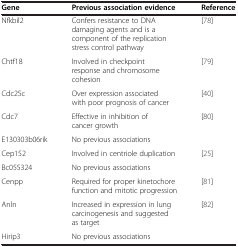
| Gene | Previous association evidence | Reference |
 | --- | --- | --- |
 | Nfkbil2 | Confers resistance to DNA damaging agents and is a component of the replication stress control pathway | [78] |
 | Chtf18 | Involved in checkpoint response and chromosome cohesion | [79] |
 | Cdc25c | Over expression associated with poor prognosis of cancer | [40] |
 | Cdc7 | Effective in inhibition of cancer growth | [80] |
 | E130303b06rik | No previous associations |  |
 | Cep152 | Involved in centriole duplication | [25] |
 | Bc055324 | No previous associations |  |
 | Cenpp | Required for proper kinetochore function and mitotic progression | [81] |
 | Anln | Increased in expression in lung carcinogenesis and suggested as target | [82] |
 | Hirip3 | No previous associations |  |